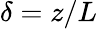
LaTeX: \delta=z/L